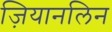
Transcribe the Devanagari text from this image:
ज़ियानलिन